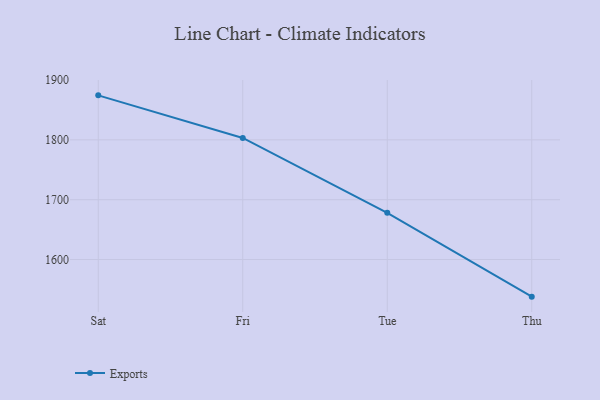
{"axis": {"x": "Day", "y": "Gross Profit (USD K)"}, "legend": ["Exports"], "data": [{"x": "Sat", "y": 1874.4, "type": "Exports"}, {"x": "Fri", "y": 1803.2, "type": "Exports"}, {"x": "Tue", "y": 1678.1, "type": "Exports"}, {"x": "Thu", "y": 1538.0, "type": "Exports"}]}